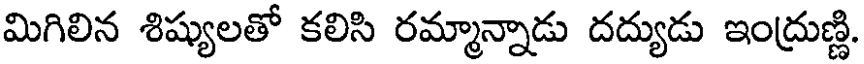
మిగిలిన శిష్యులతో కలిసి రమ్మాన్నాడు దద్యుడు ఇంద్రుణ్ణి.